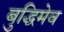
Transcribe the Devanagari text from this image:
बुद्धिमेव